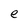
Character: e